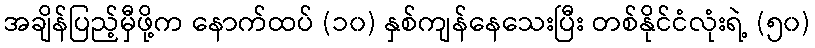
အချိန်ပြည့်မှီဖို့က နောက်ထပ် (၁၀) နှစ်ကျန်နေသေးပြီး တစ်နိုင်ငံလုံးရဲ့ (၅၀)